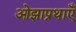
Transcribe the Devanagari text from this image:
ओझाप्रथाएँ